Report on sanitation, dispensaries, and jails in Rajputana for 1914, and on vaccination for the year 1914-1915 - 1914-1915
Year: 1914
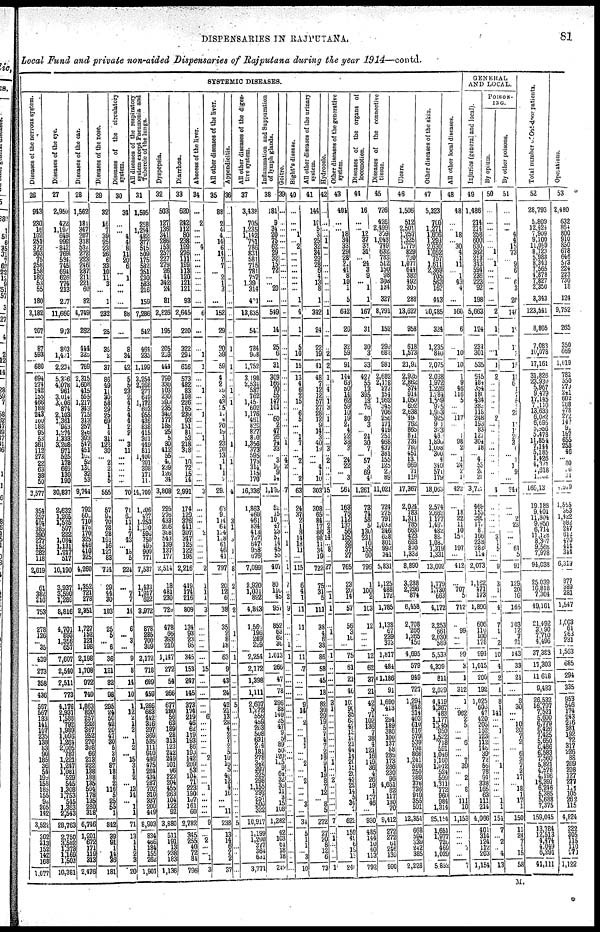
DISPENSARIES IN RAJPUTANA.
81
Local Fund and private non-aided Dispensaries of Rajputana during the year 1914—contd.
SYSTEMIC DISEASES.
Diseases of the nervous system.
26
943
230
16
102
251
372
303
75
258
158
186
53
55
180
3,182
207
87
593
680 694
274
142
155
466
188
243
160
188
95
53
361
112
273
22
63
38
50
3,577
354
257
404
385
390
277
152
282
118
2,619
61
382
310
753
278
126
... 35
439
273
358
436
567
567 183
141
107
235
138
83 90
185
36
54
199
158
185
155
92
205
142
3,522
302
313
152
142
168
1,077
Diseases of the eye.
27
2,950
422
1,192
649
999
842
769
584
745
694
626
774
213
207
11,666
973
803
1,431
2,234
5,396
4,078
964
3,014
3,006
874
2,103
1,361
963
1,274
1333
3,208
971
525
178
669
130
190
30,837
2,632
1,265
1,525
597
222
1,084
1,131
1,217
517
10,190
3,937
3590
1,289
8,816
4,701
893
1,356
657
7,607
2,540
2,511
773
4,176
2,931
1,588
792
1,989
1,096
1,264
2,005
787
1,221
1,247
1,081
529
545
1,308
1,753
545
1,363
2,543
28,763
2,750
3,582
1,373
1,169
1,502
10,381
Diseases of the ear.
28
1,562
181
347
207
318
532
272
223
246
287
211
221
60
82
4,749
262
444
325 769
2,315
1,608
415
555
1,217
343
715
313
257
246
393
547
451
102
52
130
32
53
9,744
792
600
710
476
170
325
446
410
325
4,260
1,352
721
278
2,351
1,727
152
121
198
2,198
1,708
972
740
1,863
820
257
232
367
252
270
308
66
213
222
138
188
135
504
178
135
280
318
6,746
1,201
672
171
119
313
2,476
Diseases of the nose.
29
32
16
7
39
25 23
26
6
33
10
11
3
...
1
232
25
35
2
37
86
49
11
30
58
29
25
69
1
4
31
122
30
... 2
2
1
5
555
57
94
70
78
28
191
16
127
83
744
29
44
30
103
25
5
... 6
36
121
82
98
295
24
50
42
20
47
30
5
3
9
87
18
8 2
116
5 25
55
1
842
39
91
1
14 36
181
Diseases of the circulatory
system.
30
34
...
...
4 4
8 11
20
6
... 1
...
...
...
88
...
8
34
42
5 5
23
2
4
5
4
4
2
2
...
3 11
...
...
...
...
...
70
71
60
11
1 7
43
... 18
5
224
...
7
7
14
6
... 3
...
9
8
14
10
1
12
2
1
2
... 1
2
... 15
3
1
2
...
13
14
... 1
1
71
13
1
1
2
3
20
system except Pneumonia and
Tubercle of the lungs.
31
1,595
258
1,254
482 377
515 509
175
582
351
230
583 216
159
7,286
542
464
235
1,199
3,254
2,268
277
619
1,172
603
955
436
838 415
301
449 811
1,400
201
398
171
111
14,709
1,206
427
1,253
1,130
596
750
495
909
771
7,537
1,433
1917
622
3,972
878
285
700
309
2,172
718
699
459
1,266
663
442
316
297
369
535
111
940
486
475
284
434
287
702
310
337
200
419
8,903
834
466
184
155
262
1,901
Dyspepsia.
32
503
127
136
341
286 153
257
227
279
26
44
342
24
81
2,826
195
205
239
444
799
330
103
230
390
235
340
177
188 25
5
30 412
55
40
239
126
34
3,808
296
276
433
206
308 543
139
137
177
2,514
18
481
230
729
478
65
393
210
1,147
272
54
266
677
280
56
63
189
28
313
123
242
249
101
96
223
204
455
263
104
122
92
3,880
511
191
13
238 183
1,136
Diarrhœa.
33
620
242
112
80
238
199
276
111
189
113
120
121
121
93
2,645
220
322
294
616
573
482
83
198
226
165
239
93
151
81
53
218 318
... 10
72
15
14
2,991
174
129
376
441
307
347
125
122
195
2,216
419
174
216
809
134
93
23
95
345
153
247
145
373
174
219
46
62
119
193
86
199
142
209
53
104
71 223
190
107
161
60
2,782
345
255
40
72
84
796
Abscess of the liver.
34
...
2
...
... ... 4
...
...
...
... ...
...
...
...
6
...
... 1
1
...
... 1
...
...
... 1
...
...
... 1
... ...
...
...
...
...
...
3
...
...
...
... 2
...
...
...
...
2
1
1
1
3
...
...
...
...
... 15
...
...
...
... 6
...
...
...
...
... ... 2
...
...
...
... 1
...
...
...
...
9
...
2
...
... 1
3
All other diseases of the liver.
35
88
2
4
4 14
6 14
7
7
... 2
1
3
...
152
29
20
39
59
4 2
29
3
43
25
10
4
20
19 1
23 20
13
1
1
1
2
29
63
90
114
64
124
108
61
46 41
797
20
12
6
38
35
2
8
18
63
9
43
24
42
21
13
28
4
2
7
2
5
10
16
5
40
12
4
16
...
... 11
238
13
14
6
2
2
37
Appendicitis.
36
...
...
...
... ...
... ...
...
...
... ...
...
...
...
...
...
1
...
1
...
...
1
...
1
...
...
...
...
...
... 1 ...
...
...
...
...
...
4
...
...
3
1
8 ...
1 ...
...
8
2
...
...
2
...
1 ...
...
1
...
...
...
5
...
...
...
...
...
...
...
...
...
...
...
...
...
...
...
...
...
...
5
...
...
...
...
...
...
All other diseases of the diges-
tive system.
37
3,438
705
1,235
1,142 751
786 831
581
715
781 757
1,390
314
401
13,835
546
788
968
1,752
3,198
2,534
587
762
1,450 602
1,176
461
820
827
810 1,356
373
595
175 314
115
170
16,336
1,863
460
461
834 413
737
647
988
676
7,099
2,920
1,031
892
4,843
1,560
196
269
229
2,254
2,172
1,398
1,111
2,607
1,272
556
459
263
508
631
274
181
278
342
397
325
298
1,155
292
257
500
322
10,917
1,199
1,200
377
364
631
3,771
Inflammation and Suppuration
of lymph glands.
38
181
9
34
20 75
62 29
32
15
72 ...
...
20
...
549
14
25
6
31
309
166
70
55
147
101
... 60
2
47
26
74 33
... 3
10
9
14
1,120
52
15
10
47
23
51
14
45
55
407
80
110
45
957
852
63
62
36
1,013
266
47
78
296
88
140
35
47
9
5
89
50
120
125
9
64
32
36
11
3
15
108
1,282
42
103
61
18
18
242
Goitre.
39
...
...
...
... ...
... ...
...
...
... ...
...
...
...
...
...
...
...
...
...
...
...
...
...
...
...
...
...
...
...
1 ...
... 4
2
...
...
7
...
...
...
...
...
... 1
...
... 1
7
... 2
9
...
...
...
1
1
...
...
...
...
...
...
...
...
...
...
... ...
...
...
...
...
...
...
...
...
...
...
...
...
...
...
...
...
...
Bight's disease.
40
...
...
...
1 ...
2 ...
...
...
... ...
...
...
1
4
1
5
10
15
13
4
6 2
15
... 6
5
...
...
1
7 ...
...
2
...
...
2
63
24
37
2
1 8
14
18
11
...
115
6
4
1
11
11
...
...
...
11
7
...
...
9
14
... 2
...
... 1
1 ...
... 2
...
... 2
...
...
... 3
...
34
5
1
1
... 3
10
All other diseases of the urinary
system.
41
144
10
5
3 25 32
34
29
28
6 4 13
8
1
342
24
22
19
41
48
7
12
12
57
27
28
12
9 14
3
40
19
...
...
4
1
10
303
308
65
84
17
86
98
11
34
19
722
75
31
5
111
38
4
6
38
86
58
45
18
82
30
29
19
5
7
4
7 2
18
9
1
19
8
7
12
... 8
5
272
27
20
8
12
6
73
Hydrocele.
42
...
...
...
... 1
... ...
...
...
...
...
...
...
...
1
...
... 2
2
1
...
4
...
1
3
... 1
...
...
...
...
3
...
2 ...
...
...
15
...
...
...
2 3
14
...
8 ...
27
...
...
1
1
...
1
...
...
1
...
...
... 3 1
...
...
...
...
...
...
...
...
1
...
... 2
...
...
...
...
...
7
...
1
...
...
...
1
Other diseases of the generative
system.
43
404
...
...
18 34
33 29
28
21
41 8
10
1
5
642
26
32
59
91
144
63
50
10
62
59
10
19
21
4
22
38 3
...
24 22
...
3
564
163
76
112
137
56
125
32
37
27
765
23
20
14
57
56
3
10
...
75
61
21
46
101
90
35
63
42
13
10
21
44
14
20
15
20
42
29
14
5
34
2
622
159
49
6
19
13
240
Diseases of the organs of
locomotion.
44
16
...
...
12 37
33 31
...
24
3 9
...
1
1
167
31
30
3
33
427 55
13 395
18
76 ...
80
3
...
24
30
7
...
57
3
69
4
1,261
73
74
58
5
130
231
10
155
60
796
1
100
2
103
12
...
...
...
12
62
37
21
42
5
71
102
136
7
38
4
121
16
119
36
4
26
19
1
107
46
...
930
485
144
10
40
113
792
Diseases of the connective
tissue.
45
726
426
2 499
369 1,048 749
632
783
512
150 98
308
134
327
8,791
152
299
682
981
2,682
2,118
273
154
1,962
345
706
256
171
419
251 468
437
381
155
125
20
89
11,021
724
275
791
1,033
246
628
801
992
341
5,831
1,125
488
172
1,785
1,138
67
239
373
1,817
484
1,186
91
1,690
413
... 294
189
380 100
137
88
285
173
286
230
96
4,651
82
117
130
70
9,412
272
272 61
246
139
990
Ulcers.
46
1,506
512
2,501 1,257
1,325
1,779
829
730
1,077
644
382
492
308
288
13,627
958
618
1,573
21,91
2,926
2,862
374
914
1,050
692
2,638
49
762
865
841
734 780
451
13
669
71
116
17,367
2,024
783
1,311
785
663
423
692
870
1,338
8,890
3,288
2,296
874
6,458
2,708
266
1,265
456
4,695
579
949
727
1,294
848
314
403
610
816
579
539
798
866
1,241
590
250
289
376
736 949
355
501
12,354
668
594 339
242 385
2,228
Other diseases of the skin.
47
5,323
700
1,271
1,696
1,293
2,630
1,052
757
1,611
2,369
705
563
162
443
20,485
324
1,235
840
2,075
2,038
1,972
1,226
1,284
1,559
975
1,933 925
9 1
323
432
1,890
1,098
300
4
340
571
179
18,063
2,574
2,662
1,177 1,497
482
88
1,030 1,319
1,331
13,002
1,779
1,730
663
4,172
2,253
661
2,030
589
5,533
4,309
811
2,029
4,419
4,367
483
1,177
1,245
950
1,522
718 591
1,046
1,160
1,012
524
599
1,311
772
960
984
1,314
25,154
1,651
1977
720
469
1,029
5,852
All other local diseases.
48
48
...
... 18 ...
30
4
1
11
...
1
43
4
...
160
6
...
10
10
1
9
46
116
5
...
...
117
...
...
1 98 2
...
1
24
2
1
423
...
18
22 11
10
150
197
...
412
...
707
5
712
...
99
... ...
99
3
1
312
1
... 962
2
5
...
... 6
...
... 7
39
... 2
... 8
... 111
10
1,153
...
...
...
7
...
7
GENERAL
AND LOCAL.
Injuries (general and local).
49
1,486
214
214
258
600
630
362
213
343
594
236
223
92
198
5,663
124
234
301
535
645
484
354
180
434
386
118
248
193
83
121
304 18
...
4 53
20
20
3,722
469
155
399 177
8
166
238 282
114
2,073
1,162
471
173
1,806
606
110
100
178
994
1,015
200
192
1,025
606
47.
420
205
152
123
112 146
39
72
56
78
94
338
165
63
111
214
4,066
401
314
124
112
203
1,154
POISON-
---.
By opium.
50
...
...
...
... ...
...
1
...
1
...
...
...
...
...
2
1
...
1
1
2
...
...
...
...
...
...
2
...
...
...
...
...
...
...
...
...
...
4
...
...
...
...
...
3
1
5
...
9
3
1
...
4
7
1
...
2
10
4
2
1
8
1
141
...
...
1
...
...
...
...
...
1
...
...
...
...
...
1
1
154
7
...
2
...
4
13
By other poisons.
51
...
...
...
4
4
15
73
...
9
6
...
6
3
20
140
12
1
3
15
18 6
1
7
6
3 20
17 10
20
3
6
...
1
1
9
...
244
...
... 2
23
...
...
...
61
5
91
129
20
16
165
103
12
7
21
143
33
21
...
8
30
...
...
10
20
7
2 ...
6
3
7
3
17
... 18
1
17
1
150
11
24
7
1
15
58
Total number of Out-door patients.
52
28,793
5,809
12,424
7,909
9,100
11,089
8,123
5,988
8,343
7,565
4,878
7,827
2,350
3,343
123,541
8,805
7,083
10,078
17,161
31,826
23,930
5,967
9,479
17,145
7 ,110
13,633
6,062
6,695
5,956
5,478
11,854
5,185
1,426
4,321 1,426
1,618
1,062
166,13
19,188
9,401
11,804
9,950
6,714
11,128
8,307 9,568
7,978
94,038
25,039
16,818
7,304
49,161
21,492
3,090
7,710
4,496
37,388
17,303
11,618
9,483
26,532
16, 797
7,521
5,600
6,779
6,426
7,425
5,650
6,486
6,583
7,560
5,821
4,578
4,196
16,397
6,246
5,385
5,688
7,375
159,045
13,784
12,513
4,474
4,049
6,291
41,111
Operations.
53
2,480
632
864
800
910
850
678
646
573
224
223
730
18
124
9,752
265
350
669
1,019
782
550
270
241
602
268
478
272 147
91
187
655
253
46
... 80
6
81
2,919
1,555
363
1,422
882
247
612
470
414
344
6,319
877
389
281
1,547
1,603
61
263
231
1,563
685
294
335
953
546
174
243
216
381
192
72
317
226
88
209
208
127
277
112
105
262
115
4,824
322
305
115
110
270
1,122
M,